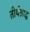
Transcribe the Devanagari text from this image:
तीर्थश्राद्ध